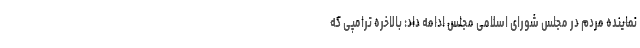
نماینده مردم در مجلس شورای اسلامی مجلس ادامه داد: بالاخره ترامپی که